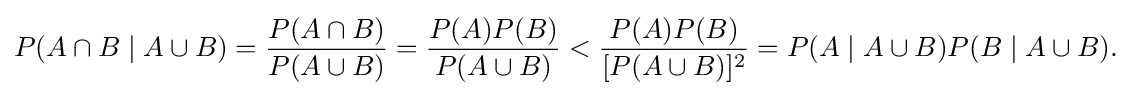
{\begin{aligned}P(A\cap B\mid A\cup B)={\frac {P(A\cap B)}{P(A\cup B)}}={\frac {P(A)P(B)}{P(A\cup B)}}<{\frac {P(A)P(B)}{[P(A\cup B)]^{2}}}=P(A\mid A\cup B)P(B\mid A\cup B).\end{aligned}}